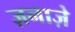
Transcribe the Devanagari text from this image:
ज़नाज़े